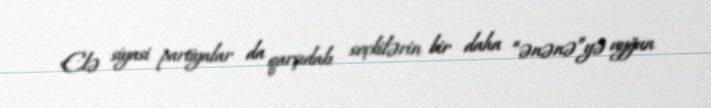
Elə siyasi partiyalar da qarşıdakı seçkilərin bir daha “ənənə”yə uyğun